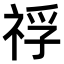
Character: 𥚀